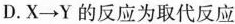
D.X→Y的反应为取代反应